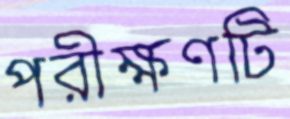
পরীক্ষণটি